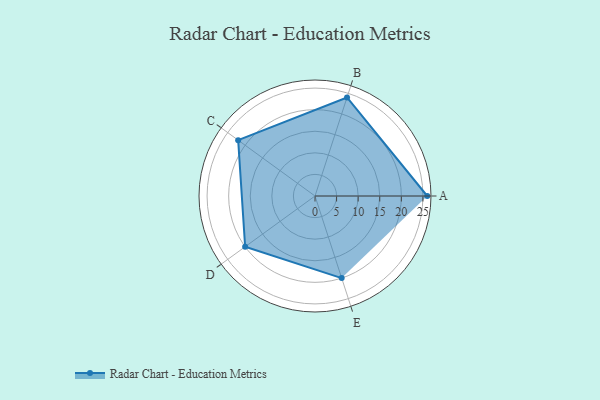
{"axis": {"x": "Skill", "y": "Score"}, "legend": ["Profile"], "data": [{"x": "A", "y": 26.0, "type": "Profile"}, {"x": "B", "y": 24.0, "type": "Profile"}, {"x": "C", "y": 22.0, "type": "Profile"}, {"x": "D", "y": 20, "type": "Profile"}, {"x": "E", "y": 20, "type": "Profile"}]}